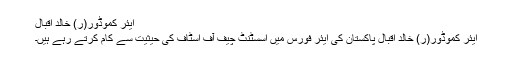
ایئر کموڈور(ر) خالد اقبال
ایئر کموڈور(ر) خالد اقبال پاکستان کی ایئر فورس میں اسسٹنٹ چیف آف اسٹاف کی حیثیت سے کام کرتے رہے ہیں۔